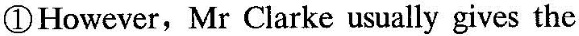
① However, Mr Clarke usually gives the